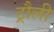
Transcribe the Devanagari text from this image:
ट्रौली